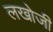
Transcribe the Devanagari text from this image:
लखोजी